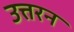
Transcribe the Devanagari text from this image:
उत्तरन